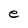
Character: e